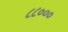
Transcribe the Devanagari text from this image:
८८०००